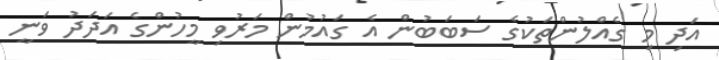
އަދި މި ގެއްލުންތަކުގެ ސަބަބުން އެ ގައުމުން މަރުވި މީހުންގެ އަދަދު ވަނީ